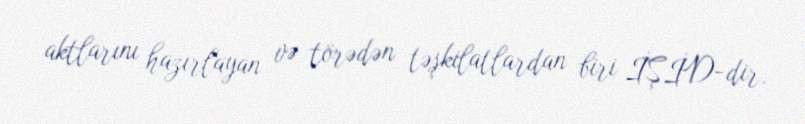
aktlarını hazırlayan və törədən təşkilatlardan biri İŞİD-dir.